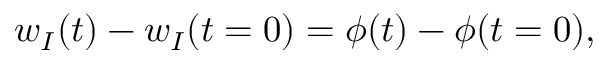
w _ { I } ( t ) - w _ { I } ( t = 0 ) = \phi ( t ) - \phi ( t = 0 ) ,